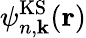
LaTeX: \psi_{n,{\mathbf k}}^{\mathrm{KS}}({\mathbf r})